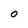
Character: O